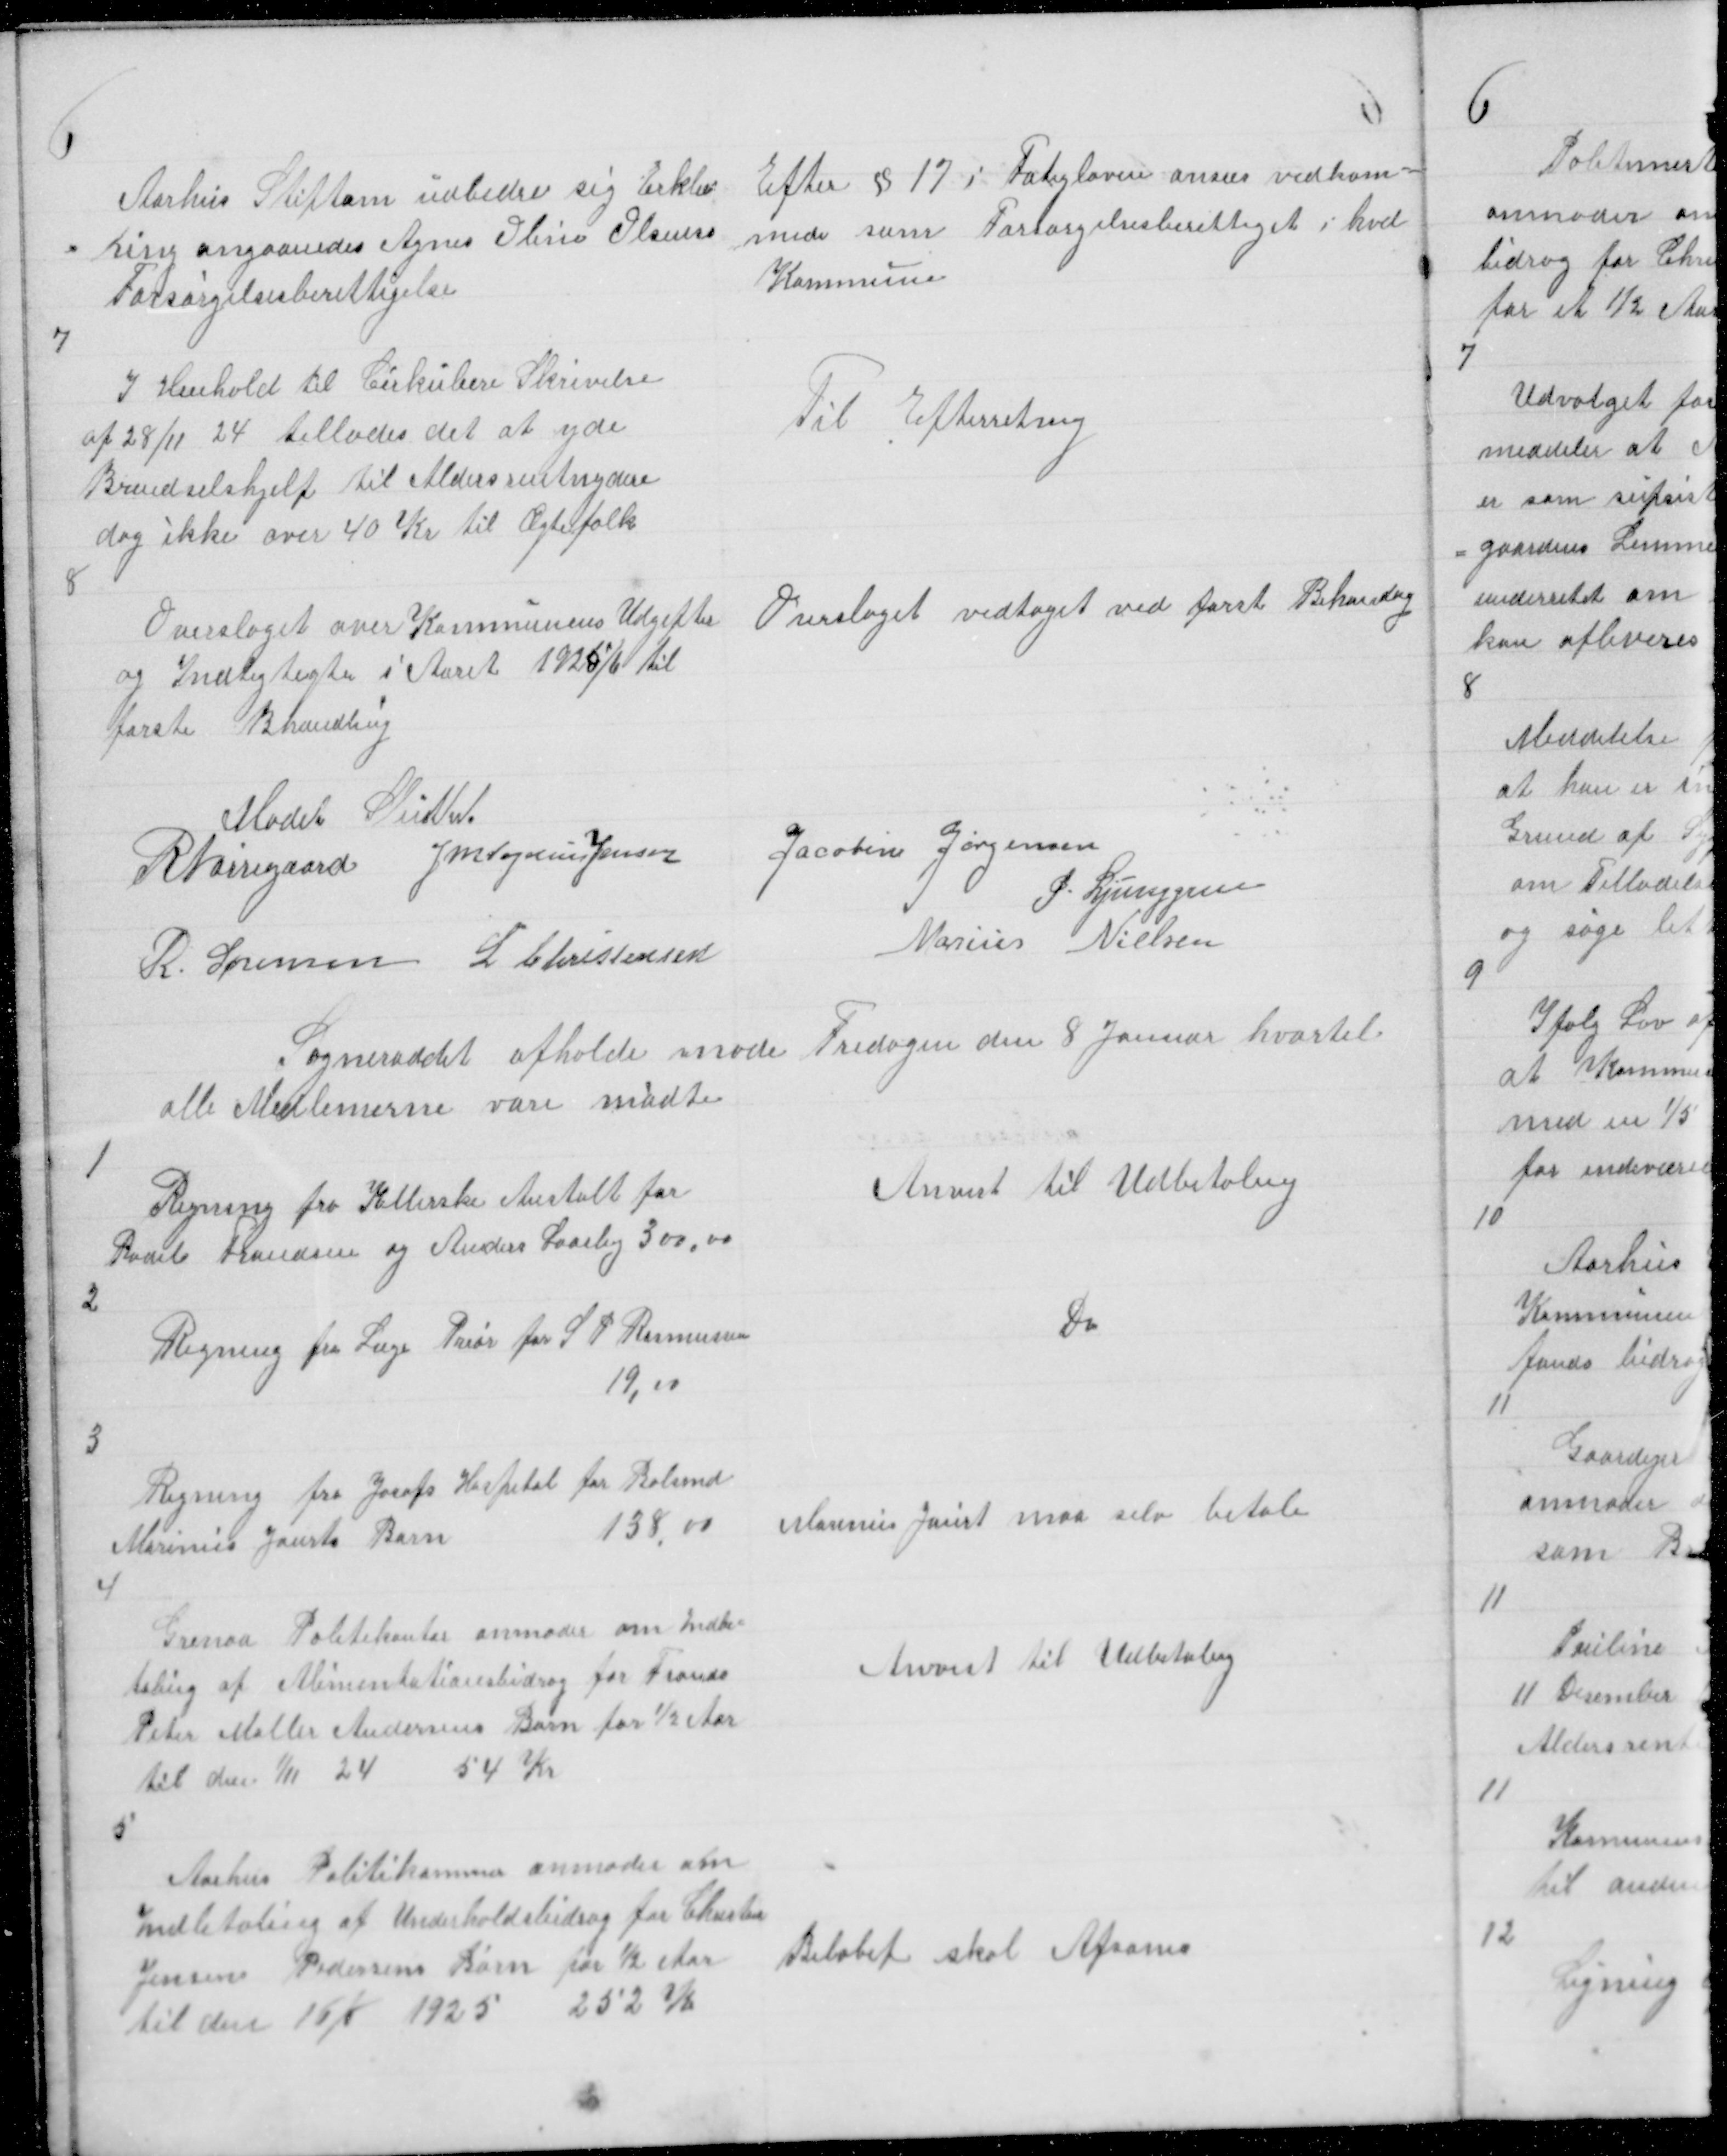
Transskription:
6
Aarhus Stiftam udbeder sig Erklæ=
= ring angaaendes Agnes Oline Olsens
Forsørgelsesberettigelse

Efter § 17 i Fatigloven anses vedkom =
mede som Forsørgelsesberettiget i hvd
Kommune

7
I Henhold til Cirkulære Skrivelse 
af 28/11 24 tillades det at yde
Brændselshjelp til Aldersrentnydere
dog ikke over 40 Kr til Ægtefolk

Til Efterretning

8
Overslaget over Kommunens Udgifter
og Indtegtegter i Aaret 1925/6 til
første Bhandling

Overslaget vedtaget ved først Behandng

Mødet Sluttet
R Nørregaard J M Vogelius Jensen
Jacobine Jørgensen
P. Ljunggren
R. Sørensen L Christensen
Marius Nielsen

Sogneraadet afholde møde Fredagen den 8 Januar hvortil
alle Medlemerne vare mødte

1
Regning fra Kellerske Anstalt for
Bodil Frandsen og Anders Laasby 300,00

Anvist til Udbetaling

2
Regning fra Læge Prior for S P Rasmussen
19,00

Do

3

Regning fra Josefs Hospital for Bolsmd
Marinus Jaurts Barn
138,00

Marinus Jaurt maa selv betale

4

Grenaa Politikontor anmoder om Indbe =
taling af Alimentationsbidrag for Frands
Peter Møller Andersens Barn for ½ Aar
til den 1/11 24
54 Kr

Anvist til Udbetaling

5

Aarhus Politikammer anmoder om
Indbetaling af Underholdsbidrag for Christian
Jensen Pedersens Børn for ½ Aar
til den 16/6 1925
252 Kr

Beløbet skal Afsones